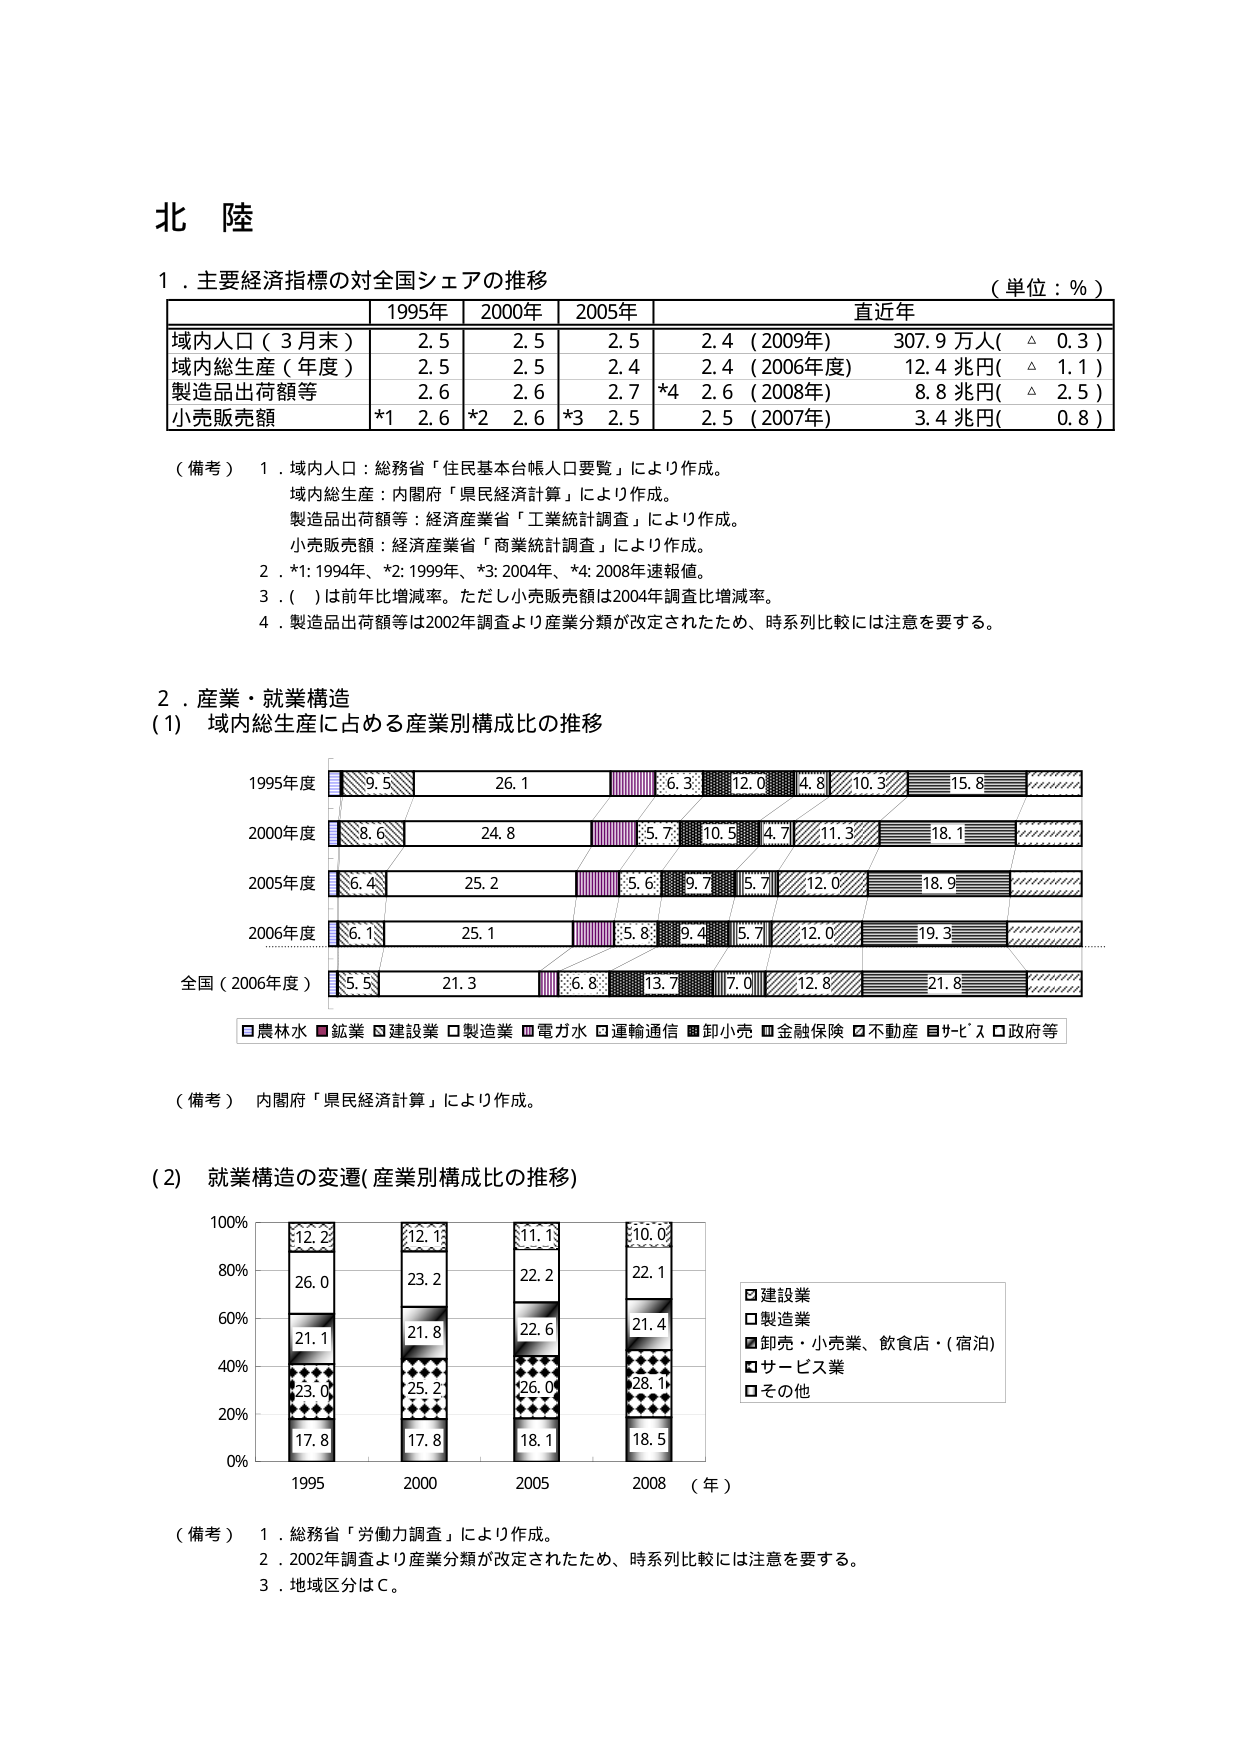
北 陸

１．主要経済指標の対全国シェアの推移
（単位：％）

| | 1995年 | 2000年 | 2005年 | 直近年 |
|---|---|---|---|---|
| 域内人口（3月末） | 2.5 | 2.5 | 2.5 | 2.4（2009年） 307.9万人( △ 0.3 ) |
| 域内総生産（年度） | 2.5 | 2.5 | 2.4 | 2.4（2006年度） 12.4兆円( △ 1.1 ) |
| 製造品出荷額等 | 2.6 | 2.6 | 2.7 | *4 2.6（2008年） 8.8兆円( △ 2.5 ) |
| 小売販売額 | *1 2.6 | *2 2.6 | *3 2.5 | 2.5（2007年） 3.4兆円( 0.8 ) |

（備考） 1．域内人口：総務省「住民基本台帳人口要覧」により作成。
域内総生産：内閣府「県民経済計算」により作成。
製造品出荷額等：経済産業省「工業統計調査」により作成。
小売販売額：経済産業省「商業統計調査」により作成。
2．*1:1994年、*2:1999年、*3:2004年、*4:2008年速報値。
3．（ ）は前年比増減率。ただし小売販売額は2004年調査比増減率。
4．製造品出荷額等は2002年調査より産業分類が改定されたため、時系列比較には注意を要する。

２．産業・就業構造
(1) 域内総生産に占める産業別構成比の推移

1995年度
■9.5 ■26.1 ■6.3 ■12.0 ■4.8 ■10.3 ■15.8 ■

2000年度
■8.6 ■24.8 ■5.7 ■10.5 ■4.7 ■11.3 ■18.1 ■

2005年度
■6.4 ■25.2 ■5.6 ■9.7 ■5.7 ■12.0 ■18.9 ■

2006年度
■6.1 ■25.1 ■5.8 ■9.4 ■5.7 ■12.0 ■19.3 ■

全国（2006年度）
■5.5 ■21.3 ■6.8 ■13.7 ■7.0 ■12.8 ■21.8 ■

■農林水 ■鉱業 ■建設業 ■製造業 ■電力水 ■運輸通信 ■卸小売 ■金融保険 ■不動産 ■サービス ■政府等

（備考） 内閣府「県民経済計算」により作成。

(2) 就業構造の変遷（産業別構成比の推移）

100%
80%
60%
40%
20%
0%

1995 2000 2005 2008 （年）

■12.2
■26.0
■21.1
■23.0
■17.8

■12.1
■23.2
■21.8
■25.2
■17.8

■11.1
■22.2
■22.6
■26.0
■18.1

■10.0
■22.1
■21.4
■28.1
■18.5

■建設業
■製造業
■卸売・小売業、飲食店・(宿泊)
■サービス業
■その他

（備考） 1．総務省「労働力調査」により作成。
2．2002年調査より産業分類が改定されたため、時系列比較には注意を要する。
3．地域区分はＣ。